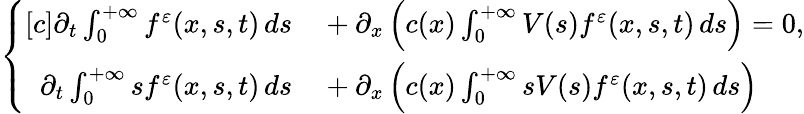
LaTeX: \begin{array}{r}{\left\{ \begin{array}{rl}{[c]\partial_{t}\int_{0}^{+\infty}f^{\varepsilon}(x,s,t)\, ds}&{{}+\partial_{x}\left(c(x)\int_{0}^{+\infty}V(s)f^{\varepsilon}(x,s,t)\, ds\right)=0,}\\ {\partial_{t}\int_{0}^{+\infty}sf^{\varepsilon}(x,s,t)\, ds}&{{}+\partial_{x}\left(c(x)\int_{0}^{+\infty}sV(s)f^{\varepsilon}(x,s,t)\, ds\right)}\end{array}\right.}\end{array}